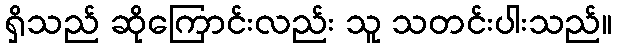
ရှိသည် ဆိုကြောင်းလည်း သူ သတင်းပါးသည်။